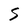
Character: S